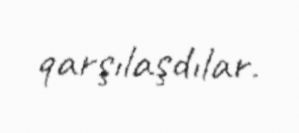
qarşılaşdılar.